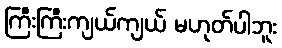
ကြီးကြီးကျယ်ကျယ် မဟုတ်ပါဘူး